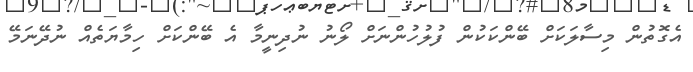
އެގޮތުން މިސާލަކަށް ބޭންކަކުން ފުލުހުންނަށް ލޯނު ނުދިނީމާ އެ ބޭންކަށް ހިމާޔަތެއް ނުދޭނަމޭ